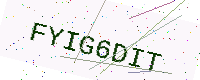
Text: FYIG6DIT